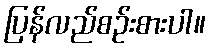
ပြန်လည်စဉ်းစားပါ။